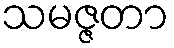
သမဇ္ဇတာ